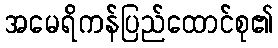
အမေရိကန်ပြည်ထောင်စု၏